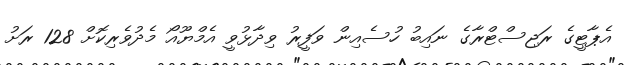
އެޕާޓީގެ ރަޖިސްޓްރާގެ ނައިބު ހުސެއިން ވަފީރު ވިދާޅުވީ އެމްޔޫއޯ މެދުވެރިކޮށް 128 ރަށު